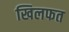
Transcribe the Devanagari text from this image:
खिलफत